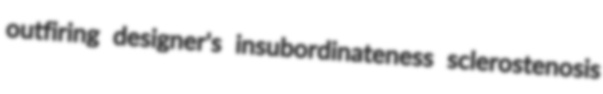
outfiring designer's insubordinateness sclerostenosis